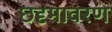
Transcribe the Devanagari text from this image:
छदृमावरण